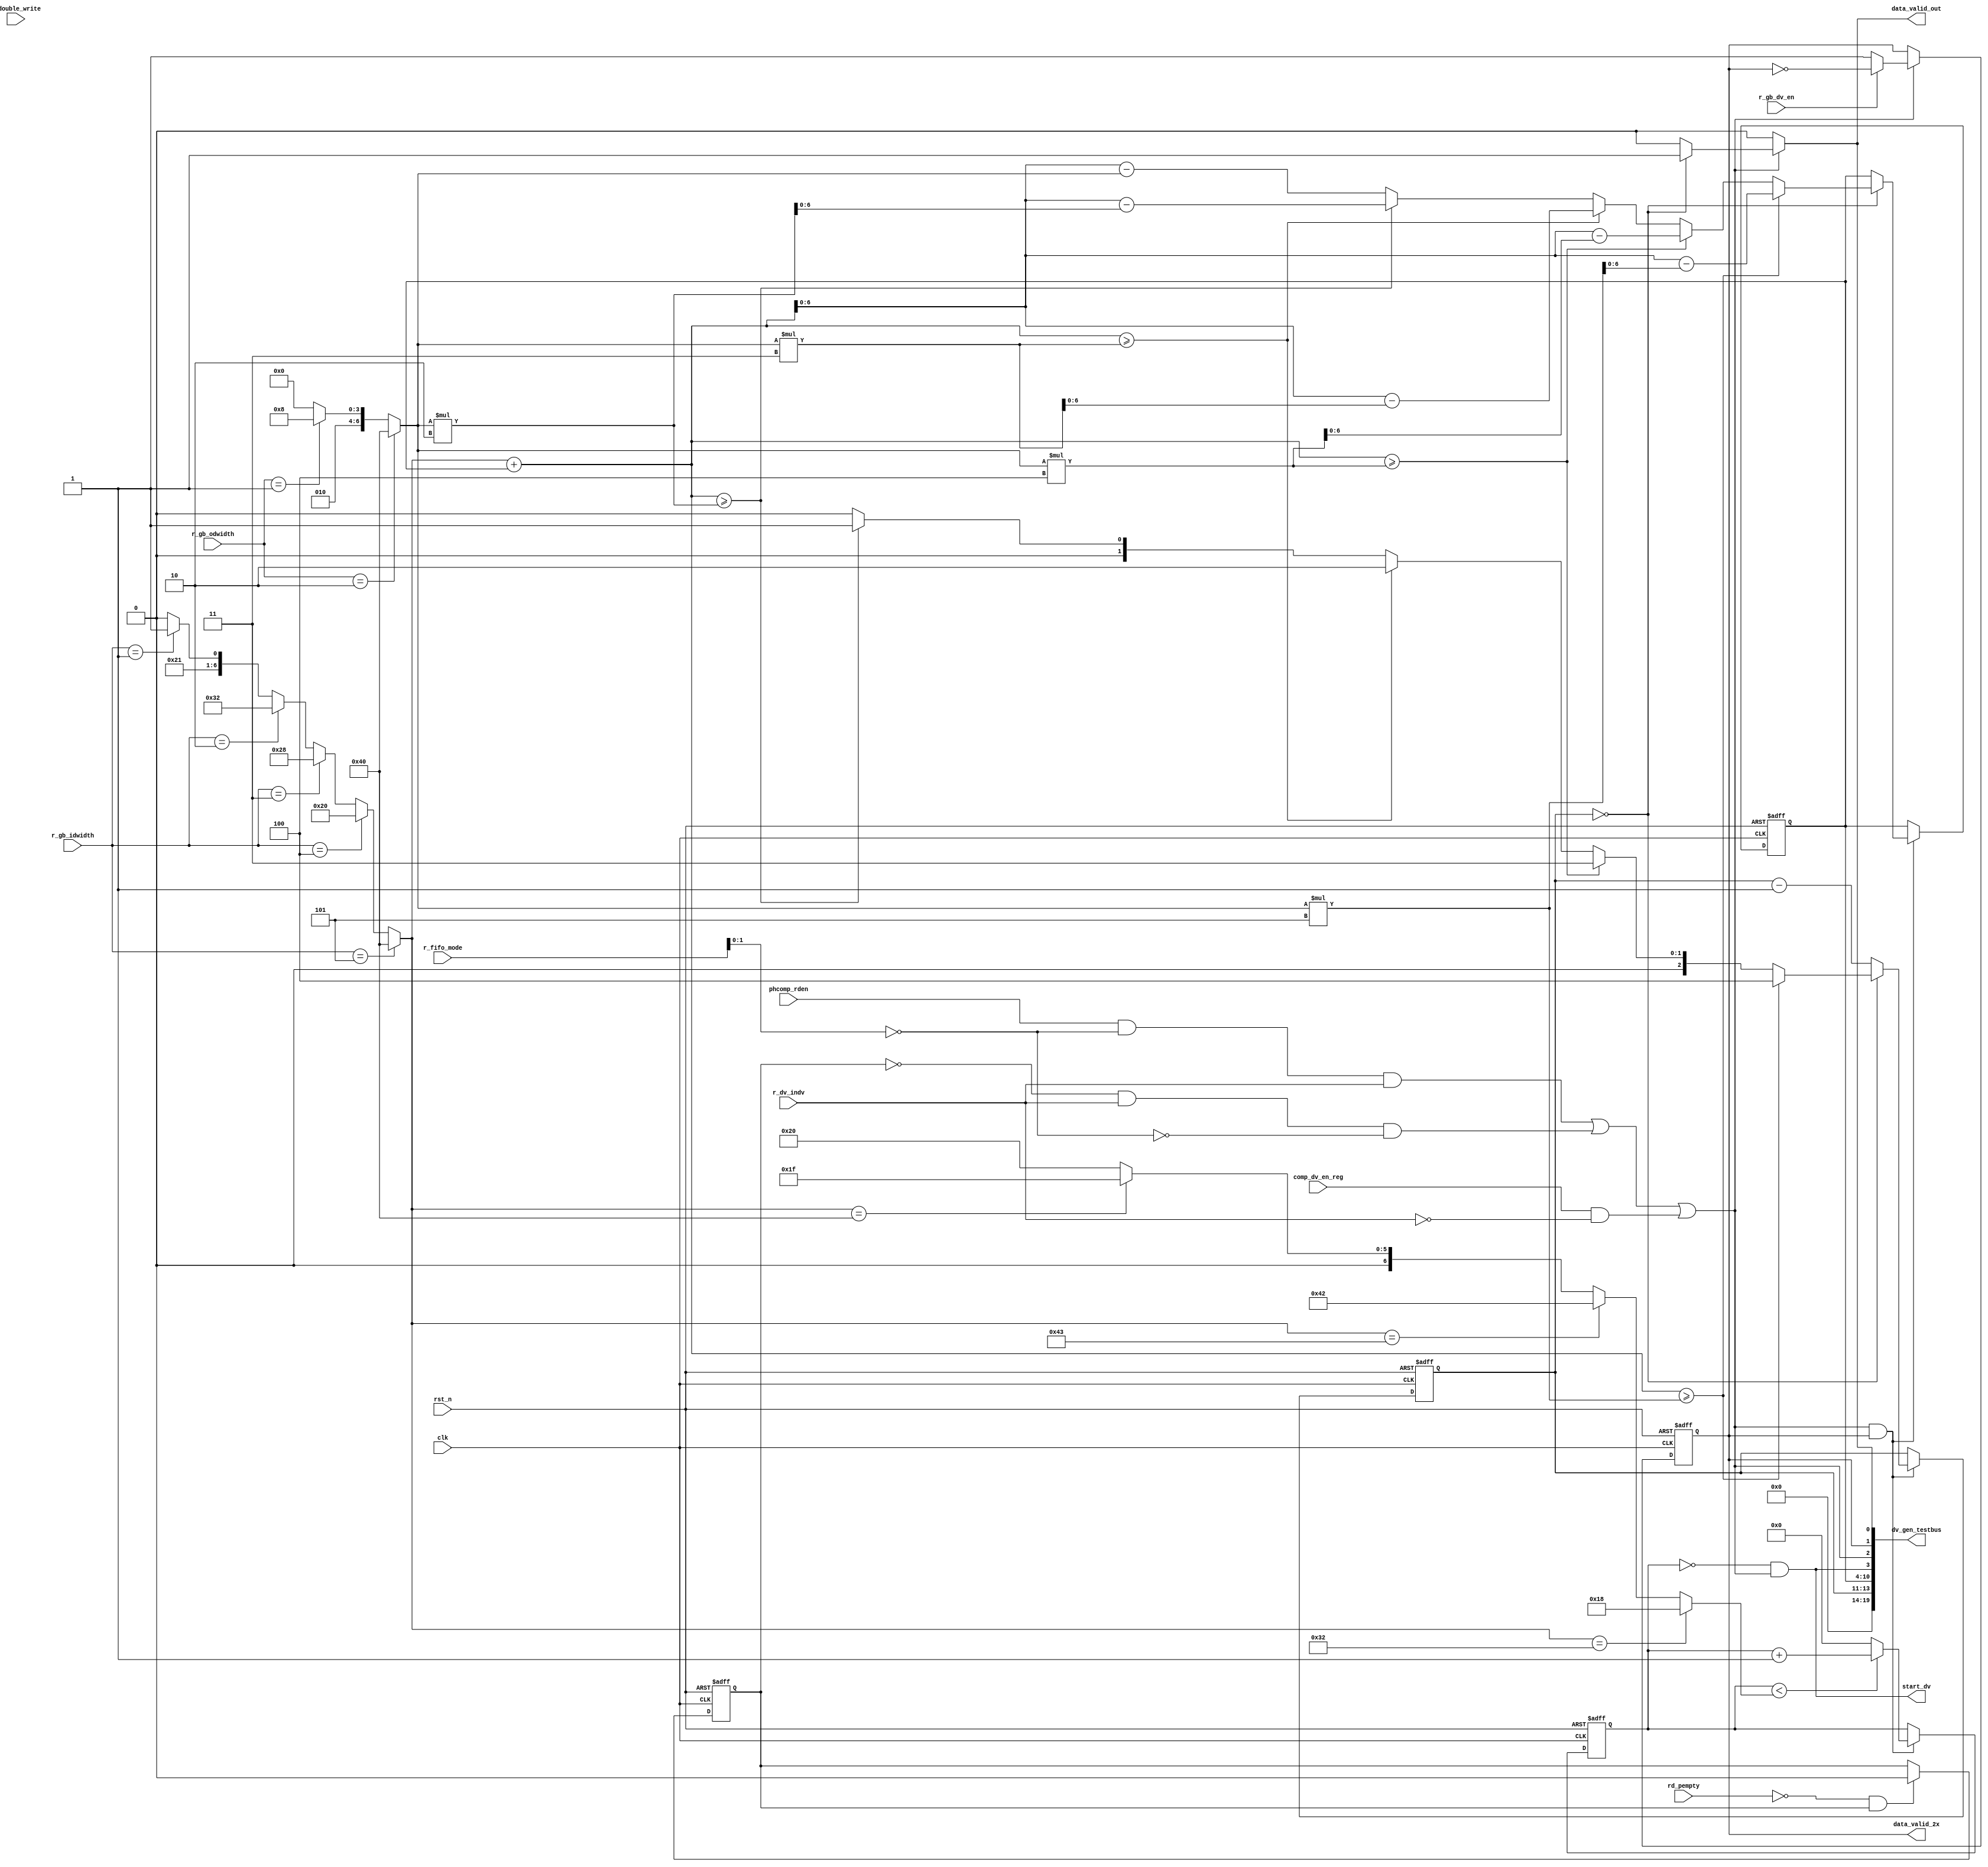
// SPDX-License-Identifier: Apache-2.0
// Copyright (C) 2019 Intel Corporation. 
//------------------------------------------------------------------------
// (C) 2009 Altera Corporation. .  
//
//------------------------------------------------------------------------
// Revision:    $Revision: #8 $
//------------------------------------------------------------------------
// Description: 
//
//------------------------------------------------------------------------
module hdpldadapt_tx_datapath_dv_gen
   #(
      parameter ISWIDTH        = 'd7       // Gearbox Selector width
    )
    (
      input  wire                 rst_n,           // Active low Reset
      input  wire                 clk,             // Clock

      input  wire		  r_double_write,  // FIFO double write option
      input  wire                 r_dv_indv,       // Data valid Individual Mode
      input  wire [2:0]           r_gb_idwidth,   // Gearbox Input Width
      input  wire [1:0]           r_gb_odwidth,   // Gearbox Output Width
      input  wire [2:0]           r_fifo_mode,     // FIFO Mode: Phase-comp, Interlaken, Elastic, Register Mode
      input  wire                 r_gb_dv_en,     // DV gen bypass
      
      input  wire		  rd_pempty,
//      input  wire	          data_valid_in,
      input  wire	          phcomp_rden,
      input  wire	          comp_dv_en_reg,
      
      output  wire [19:0]	  dv_gen_testbus,
      output wire  		  start_dv,
      output  wire	          data_valid_2x,       // Toggling DV from DV gen   
      output wire                 data_valid_out    	 // Data Valid Enable to CP Bonding
    );

//********************************************************************
// Define Parameters 
//********************************************************************

//********************************************************************
// Define variables 
//********************************************************************
reg [ISWIDTH-1:0]    sel_cnt;
reg [2:0]          gap_cnt;
wire               rd_val;
wire [ISWIDTH:0]   m_selcnt;
reg		   first_read;
reg		   dv_2x;

// FIFO mode decode
wire intl_generic_mode = (r_fifo_mode == 3'b001);
wire basic_generic_mode = (r_fifo_mode == 3'b101);
wire register_mode = (r_fifo_mode[1:0] == 2'b11);
wire phcomp_mode = (r_fifo_mode[1:0] == 2'b00);


wire [6:0]         gb_idwidth;
wire [6:0]         gb_odwidth;

wire [6:0]         threshold;

reg  [6:0]	   dv_seq_cnt;

wire	           gap_cnt_en;

//wire		   start_dv;

assign gb_idwidth = (r_gb_idwidth == 'd5) ? 'd64 : (r_gb_idwidth == 'd4) ? 'd32 : (r_gb_idwidth == 'd3) ? 'd40 :  (r_gb_idwidth == 'd2) ? 'd50 : (r_gb_idwidth == 'd1) ? 'd67 : 'd66;
assign gb_odwidth = (r_gb_odwidth == 'd2) ? 'd64 : (r_gb_odwidth == 'd1) ? 'd40 : 'd32;

assign threshold  = (gb_idwidth == 'd50) ? 'd24 : (gb_idwidth == 'd67) ? 'd66 : (gb_idwidth == 'd64) ? 'd31 : 'd32; 

wire [6:0] diff_gb_iodwidth = gb_idwidth - gb_odwidth;
assign data_valid_2x = dv_2x;

//********************************************************************
// Instantiated modules
//********************************************************************

always @(negedge rst_n or posedge clk) begin
   if (rst_n == 1'b0) begin
      dv_2x         <= 1'b0;
   end
   else if (gap_cnt_en) begin
//      dv_2x         <= r_double_write ? ~dv_2x : 1'b1;
      dv_2x         <= r_gb_dv_en ? ~dv_2x : 1'b1;
   end
end


always @(negedge rst_n or posedge clk) begin
   if (rst_n == 1'b0) begin
      dv_seq_cnt   	<= 'd0;
   end
   else if (gap_cnt_en && dv_2x) begin
     if (dv_seq_cnt < threshold)
       dv_seq_cnt       <= dv_seq_cnt + 1'b1;
     else
       dv_seq_cnt	<= 'd0;
   end
end

assign start_dv = (dv_seq_cnt == 'd0) && gap_cnt_en;

always @(negedge rst_n or posedge clk) begin
   if (rst_n == 1'b0) begin
      first_read         <= 1'b1;
   end
   else if (~rd_pempty && first_read) begin
      first_read         <= 1'b0;
   end
end


assign gap_cnt_en = phcomp_rden && phcomp_mode && r_dv_indv ||                 // Non bonding phase-comp
                    ~first_read && r_dv_indv && ~phcomp_mode || // Non bonding not phase-comp
                    (comp_dv_en_reg && ~r_dv_indv);		// DV bonding	 
                    
assign rd_val =  	~gap_cnt_en ? 1'b0 : (gap_cnt == 'd0) ? 1'b1 : 1'b0;

assign  m_selcnt = (gb_idwidth+sel_cnt);
                 	
always @(negedge rst_n or posedge clk) begin
   if (rst_n == 1'b0) begin
      sel_cnt   <= 'd0;
      gap_cnt   <= 'd0;
   end
   else begin  
// rd_val Generation
// Phase Comp non-bonding: wait until first_read deasserts
// Phase Comp bonding: doesn't wait for first_read (Need data_valid to be available before write/read enable) 
// Interlaken Generic: doesn't wait for first_read (Interlaken needs data_valid for Frame Generator)
// Basic Generic: wait until first_read deasserts 
      
      if (gap_cnt_en && dv_2x) begin
        if (gap_cnt == 'd0) begin    
           // calculate next MUX selection
           if (m_selcnt >= gb_odwidth * 'd5) begin
              sel_cnt <= (m_selcnt-gb_odwidth * 'd5);
              gap_cnt <= 'd4;
           end
           else if (m_selcnt >= gb_odwidth * 'd4) begin
             sel_cnt <= (m_selcnt-gb_odwidth * 'd4);
             gap_cnt <= 'd3;
           end
           else if (m_selcnt >= gb_odwidth * 'd3) begin
             sel_cnt <= (m_selcnt-gb_odwidth * 'd3);
             gap_cnt <= 'd2;
           end
           else if (m_selcnt >= gb_odwidth * 'd2) begin
             sel_cnt <= (m_selcnt-gb_odwidth * 'd2);
             gap_cnt <= 'd1;
           end
           else begin 
             sel_cnt <= (m_selcnt-gb_odwidth);
             gap_cnt <= 'd0;
           end
        end
        else begin
           gap_cnt <= gap_cnt-1'b1;
        end
      
      end

   end
end


//assign data_valid_out = r_gb_dv_en ? data_valid_in : rd_val;
assign data_valid_out = rd_val;

assign dv_gen_testbus = {6'd0, gap_cnt, sel_cnt, start_dv, gap_cnt_en, dv_2x, data_valid_out};

endmodule